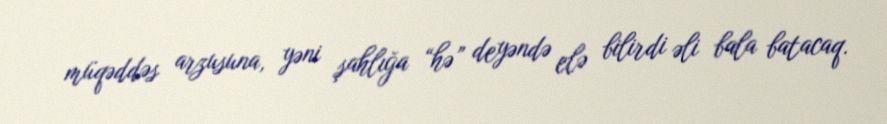
müqəddəs arzusuna, yəni şahlığa “hə” deyəndə elə bilirdi əli bala batacaq.